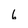
Character: 6